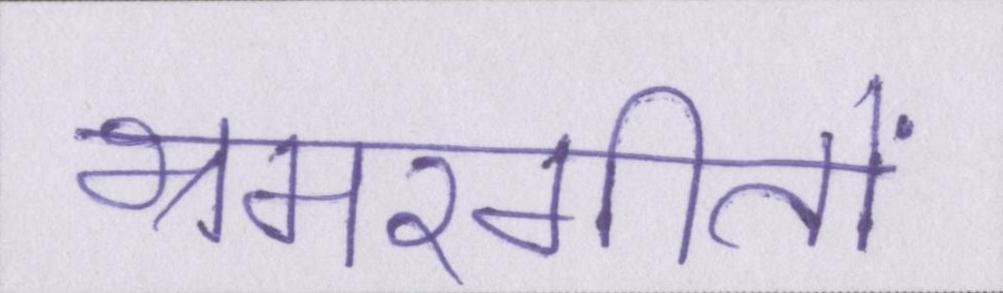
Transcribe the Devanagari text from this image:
भ्रमरगीतों